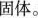
固体。